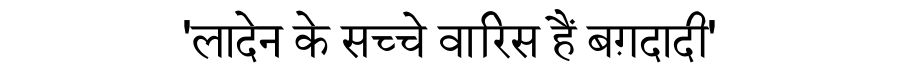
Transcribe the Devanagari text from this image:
'लादेन के सच्चे वारिस हैं बग़दादी'